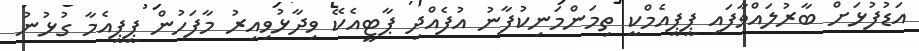
އަޑުފުޅަށް ބާރުލައްވާފައި ޕީޕީއެމްކީ ތިމަންމަނިކުފާނު އުފެއްދި ޕާޓީއެކޭ ވިދާޅުވިއިރު މާފަހުން ޕީޕީއެމާ ގުޅުނު